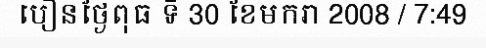
បឿនថ្ងៃពុធ ទី 30 ខែមករា 2008 / 7:49